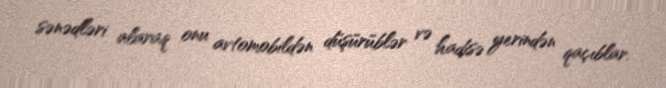
sənədləri alaraq onu avtomobildən düşürüblər və hadisə yerindən qaçıblar.